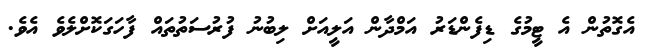
އެގޮތުން އެ ޓީމުގެ ޑިފެންޑަރު އަމްދާން އަލީއަށް ލިބުނު ފުރުސަތުތައް ފާހަގަކޮށްލެވެ އެވެ.